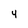
Character: 4